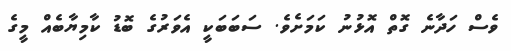
ވެސް ހަދާނެ ގޮތް އޮޅުނު ކަމަށެވެ. ސަބަބަކީ އެވަރުގެ ބޮޑު ކާމިޔާބެއް މީގެ